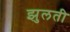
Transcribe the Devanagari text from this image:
झुलती